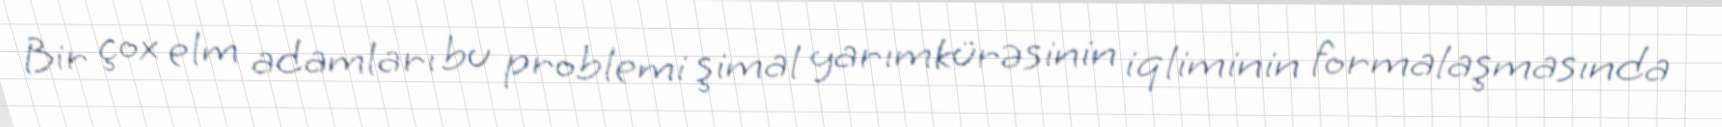
Bir çox elm adamları bu problemi şimal yarımkürəsinin iqliminin formalaşmasında